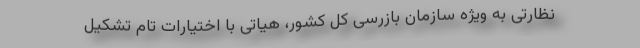
نظارتی به ویژه سازمان بازرسی کل کشور، هیاتی با اختیارات تام تشکیل